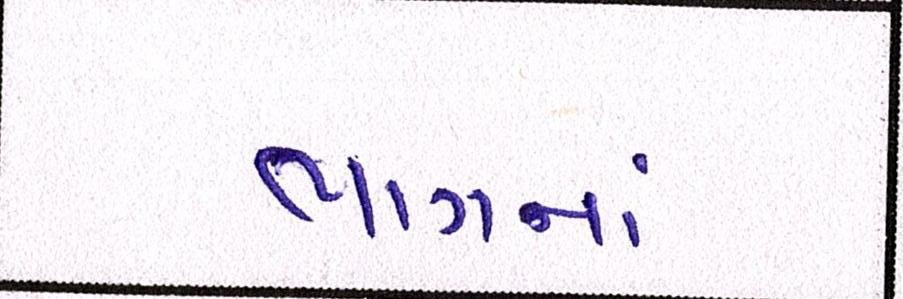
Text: ભાગનાં